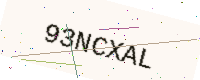
Text: 93NCXAL